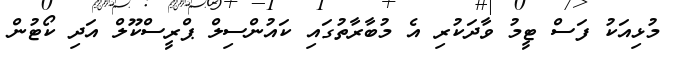
މުޅިއަކު ފަސް ޓީމު ވާދަކުރި އެ މުބާރާތުގައި ކައުންސިލް ޕްރީސްކޫލް އަދި ކޯޓުން